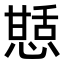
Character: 𭞍